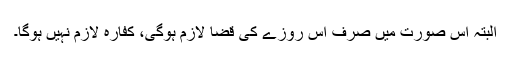
البتہ اس صورت میں صرف اس روزے کی قضا لازم ہوگی، کفارہ لازم نہیں ہوگا۔